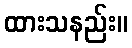
ထားသနည်း။